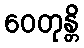
ဝေတုန္တိ